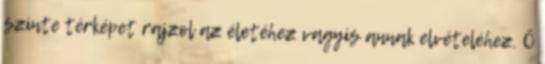
szinte térképet rajzol az életéhez vagyis annak elvételéhez. Ő